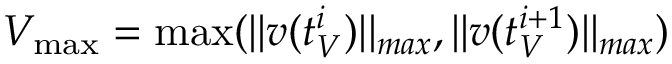
V _ { \operatorname* { m a x } } = \operatorname* { m a x } ( | | v ( t _ { V } ^ { i } ) | | _ { m a x } , | | v ( t _ { V } ^ { i + 1 } ) | | _ { m a x } )